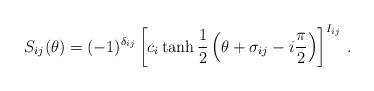
LaTeX: \begin{align*}S_{ij}(\theta )=(-1)^{\delta _{ij}}\left[ c_{i}\tanh \frac{1}{2}\left(\theta +\sigma _{ij}-i\frac{\pi }{2}\right) \right] ^{I_{ij}}\,.\end{align*}